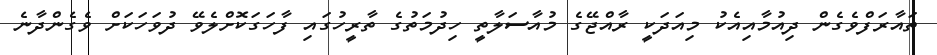
ތައާރަފްވެގެން ދިއުމާއިއެކު މިއަދަކީ ރާއްޖޭގެ މުއާސަލާތީ ހިދުމަތުގެ ތާރީހުގައި ފާހަގަކޮށްލެވޭ ދުވަހަކަށް ވެގެންދާނެ